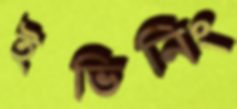
ইভিনিং